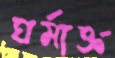
ঘর্মাক্ত